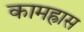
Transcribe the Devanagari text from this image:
कामह्रास